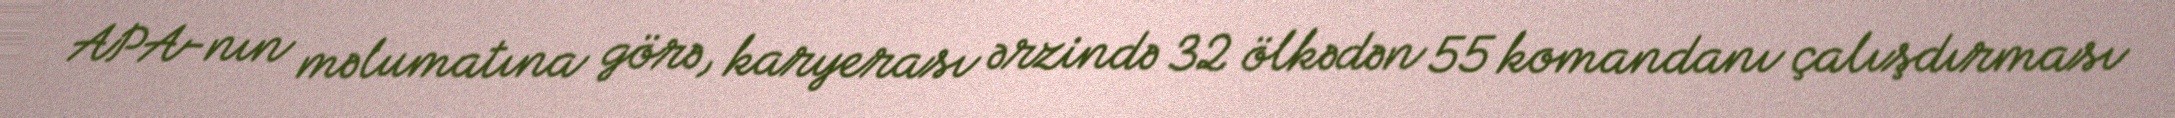
APA-nın məlumatına görə, karyerası ərzində 32 ölkədən 55 komandanı çalışdırması